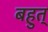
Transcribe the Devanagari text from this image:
बहुत्‌